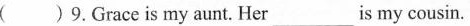
( )9.Grace is my aunt. Her____ is my cousin.